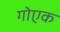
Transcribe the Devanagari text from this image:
गोएक